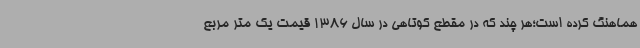
هماهنگ کرده است؛هر چند که در مقطع کوتاهی در سال 1386 قیمت یک متر مربع